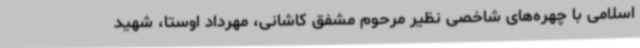
اسلامی با چهره‌های شاخصی نظیر مرحوم مشفق کاشانی، مهرداد اوستا، شهید